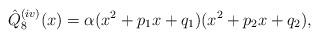
LaTeX: \begin{align*}\hat{Q}_8^{(iv)}(x)= \alpha(x^2+p_1 x+q_1)(x^2+p_2 x+q_2),\end{align*}